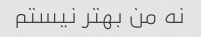
نه من بهتر نیستم